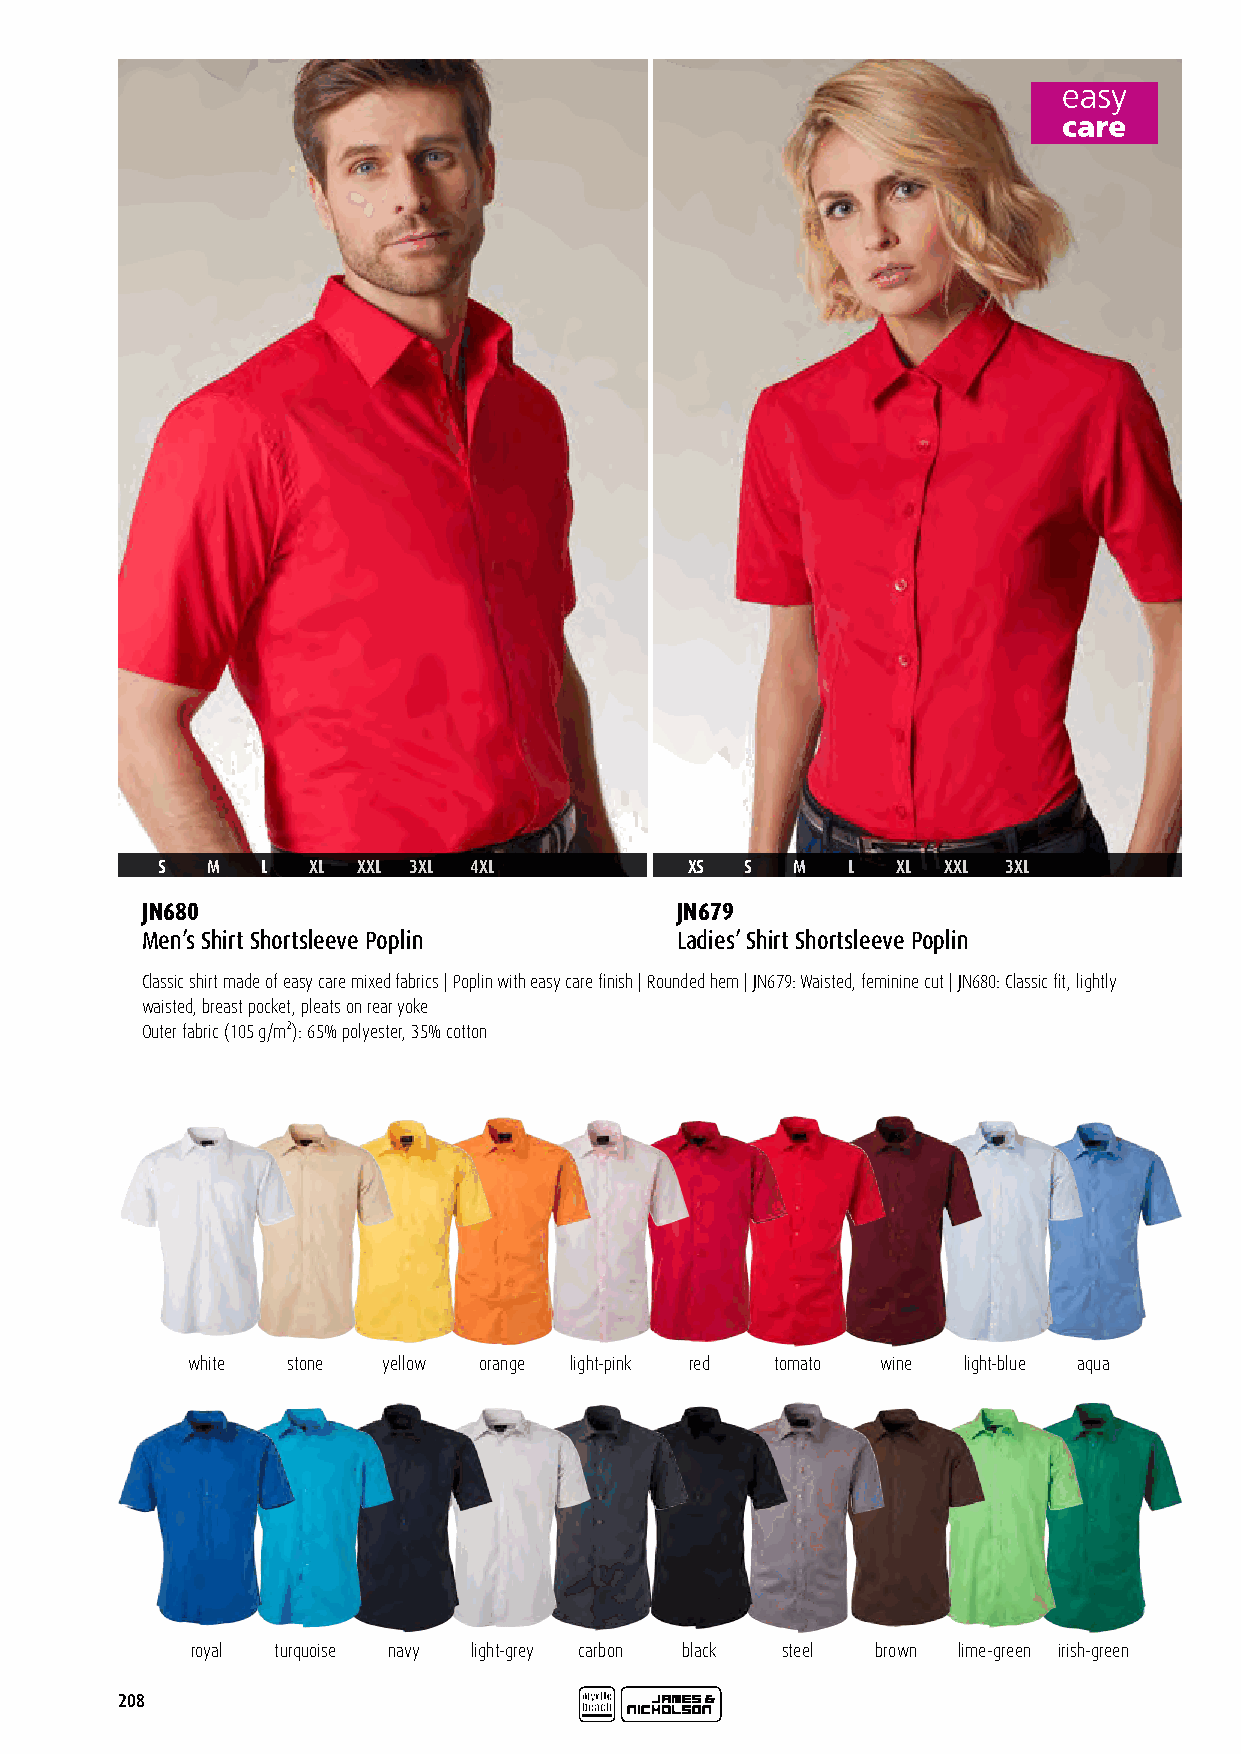
S   M  L   XL XXL 3XL 4XL           XS S   M  L  XL XXL  3XL
 JN680                               JN679
 Men’s Shirt Shortsleeve Poplin      Ladies’ Shirt Shortsleeve Poplin
 Classic shirt made of easy care mixed fabrics | Poplin with easy care finish | Rounded hem | JN679: Waisted, feminine cut | JN680: Classic fit, lightly
 waisted, breast pocket, pleats on rear yoke
 Outer fabric (105 g/m²): 65% polyester, 35% cotton
 white  stone yellow orange light-pink red tomato wine light-blue aqua
 royal turquoise navy light-grey carbon black steel brown lime-green irish-green
 208